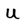
Character: U